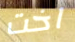
اخت